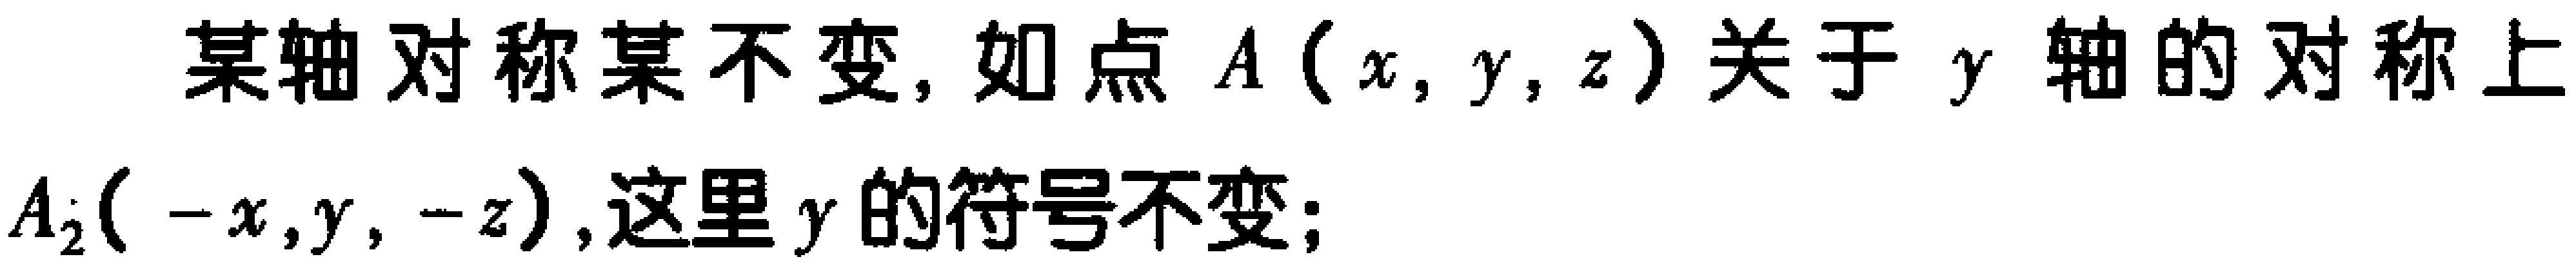
某轴对称某不变, 如点 \(A(x,y,z)\) 关于 \(y\) 轴的对称上

\(A_{2}(-x,y,-z)\), 这里 \(y\) 的符号不变;